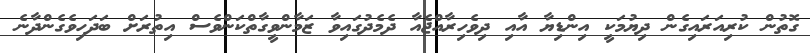
ގޮތުން ކުރިއަރައިގެން ދިޔުމަކީ އިންޑިޔާ އާއި ދިވެހިރާއްޖެއާ ދެމެދުގައިވާ ޒަމާންވީގާތްކަންވެސް އިތުރަށް ބަދަހިވެގެންދާނެ